Vaccination in Burma 1912-1922 - 1912-1922
Year: 1912
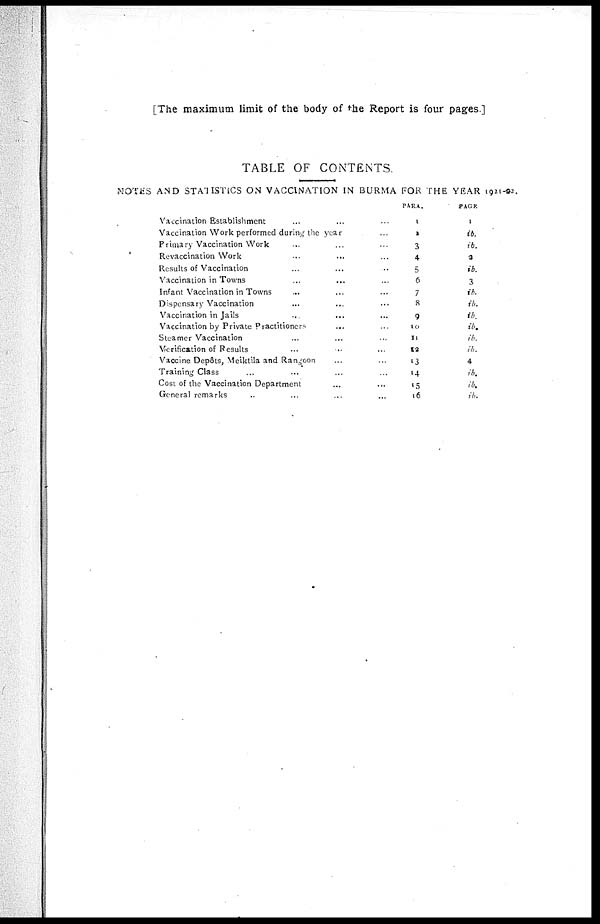
[The maximum limit of the body of the Report is four pages.]
TABLE OF CONTENTS
NOTES AND STATISTICS ON VACCINATION IN BURMA FOR THE YEAR 1921-22.
Vaccination Establishment ... ... ...
Vaccination Work performed during the year ...
Primary Vaccination Work ... ... ...
Revaccination Work ... ... ...
Results of Vaccination ... ... ...
Vaccination in Towns
...
... ...
Infant Vaccination in Towns ... ... ...
Dispensary Vaccination ... ... ...
Vaccination in Jails ... ... ...
Vaccination by Private Practitioners
... ...
Steamer Vaccination ... ... ...
Verification of Results ... ... ...
Vaccine Depôts, Meiktila and Rangoon ... ...
Training Class ... ... ...
Cost of the Vaccination Department
...
...
General remarks ... ... ...
PARA.
1
1
3
4
5
6
7
8
9
10
11
12
13
14
15
16
PAGE
1
ib.
ib.
2
ib.
3
ib.
ib.
ib.
ib.
ib.
ib.
4
ib.
ib.
ib.